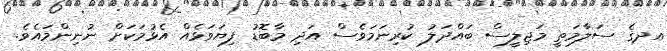
އދގެ ސަލާމަތީ މަޖިލީސް ބައްދަލު ކުރިނަމަވެސް އަދި މާބޮޑު ފިޔަވަޅެއް އެޅުމަކަށް ނުނިންމައެވެ.